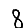
Digit: 8